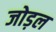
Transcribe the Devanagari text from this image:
जोड़ल